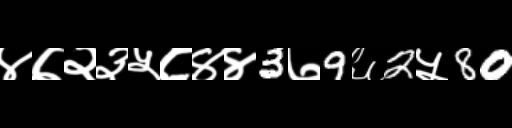
Text: ४७२३५८४४3७9६2५80